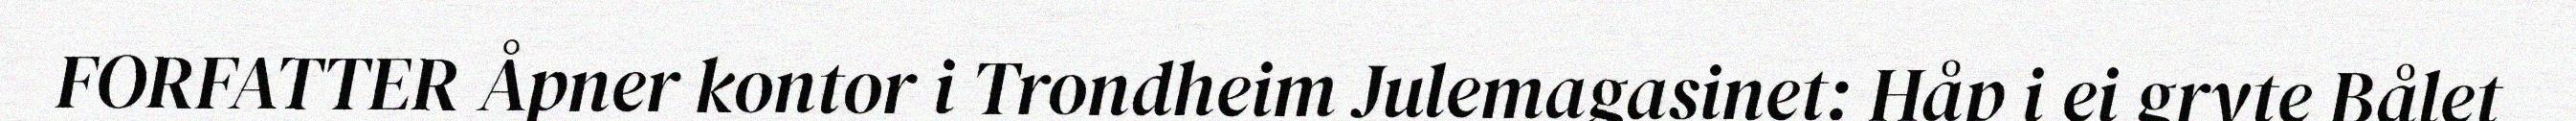
FORFATTER Åpner kontor i Trondheim Julemagasinet: Håp i ei gryte Bålet